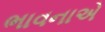
ભાવનાએ